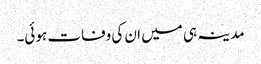
مدینہ ہی میں ان کی وفات ہوئی۔